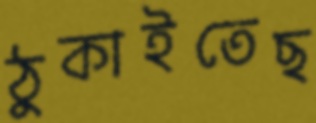
ঠুকাইতেছ